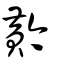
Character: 黅